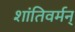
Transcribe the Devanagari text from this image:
शांतिवर्मन्